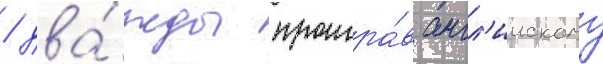
/ два́жды проигра́в англ'иискому